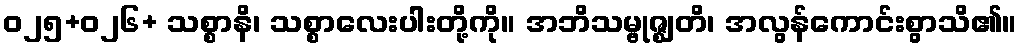
ဝ၂၅+၀၂၆+ သစ္စာနိ၊ သစ္စာလေးပါးတို့ကို။ အဘိသမ္ဗုဇ္ဈတိ၊ အလွန်ကောင်းစွာသိ၏။